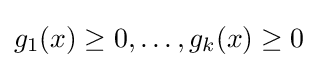
g_{1}(x)\geq 0,\dots ,g_{k}(x)\geq 0